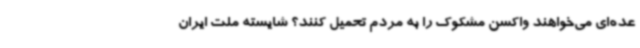
عده‌ای می‌خواهند واکسن مشکوک را به مردم تحمیل کنند؟ شایسته ملت ایران